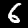
Label: 6